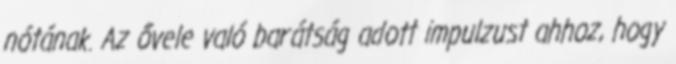
nótának. Az ővele való barátság adott impulzust ahhoz, hogy